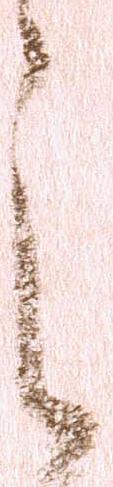
之